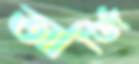
আর্জি